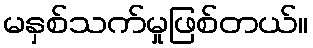
မနှစ်သက်မှုဖြစ်တယ်။